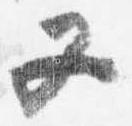
又